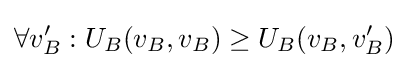
\forall v'_{B}:U_{B}(v_{B},v_{B})\geq U_{B}(v_{B},v'_{B})